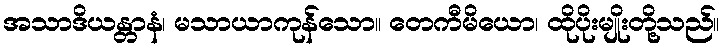
အသာဒိယန္တာနံ၊ မသာယာကုန်သော။ တေကီမိယော၊ ထိုပိုးမျိုးတို့သည်။